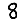
Digit: 8